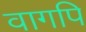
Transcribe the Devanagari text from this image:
वागपि